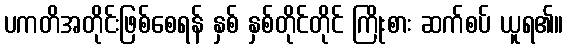
ပကတိအတိုင်းဖြစ်စေရန် နှစ် နှစ်တိုင်တိုင် ကြိုးစား ဆက်စပ် ယူရ၏။